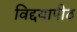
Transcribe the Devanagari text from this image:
विद्दयापीठ